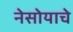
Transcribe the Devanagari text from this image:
नेसोयाचे